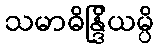
သမာဓိန္ဒြိယမ္ပိ